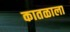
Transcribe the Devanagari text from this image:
कातळाला